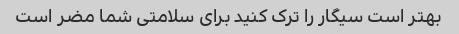
بهتر است سیگار را ترک کنید برای سلامتی شما مضر است